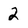
Character: 2